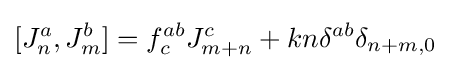
[J_{n}^{a},J_{m}^{b}]=f_{c}^{ab}J_{m+n}^{c}+kn\delta ^{ab}\delta _{n+m,0}